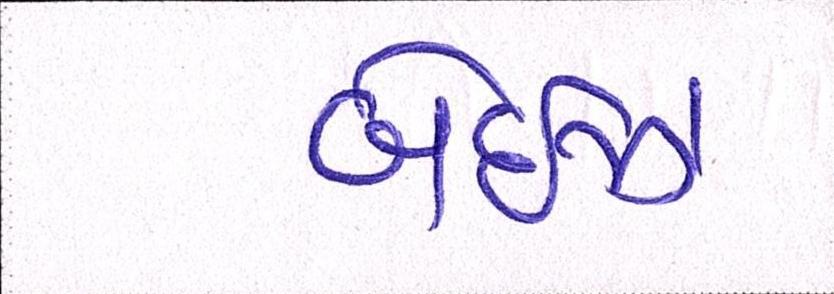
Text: બેઈઝ